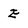
Character: E